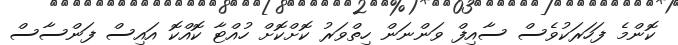
ކޮންމެ ފަހަރަކުވެސް ސާއިފް ވަންނަން ހިތްވަރު ކޮށްކޮށް ހުއްޓާ ކޮއްކޮ އައިސް ފަންސާސް